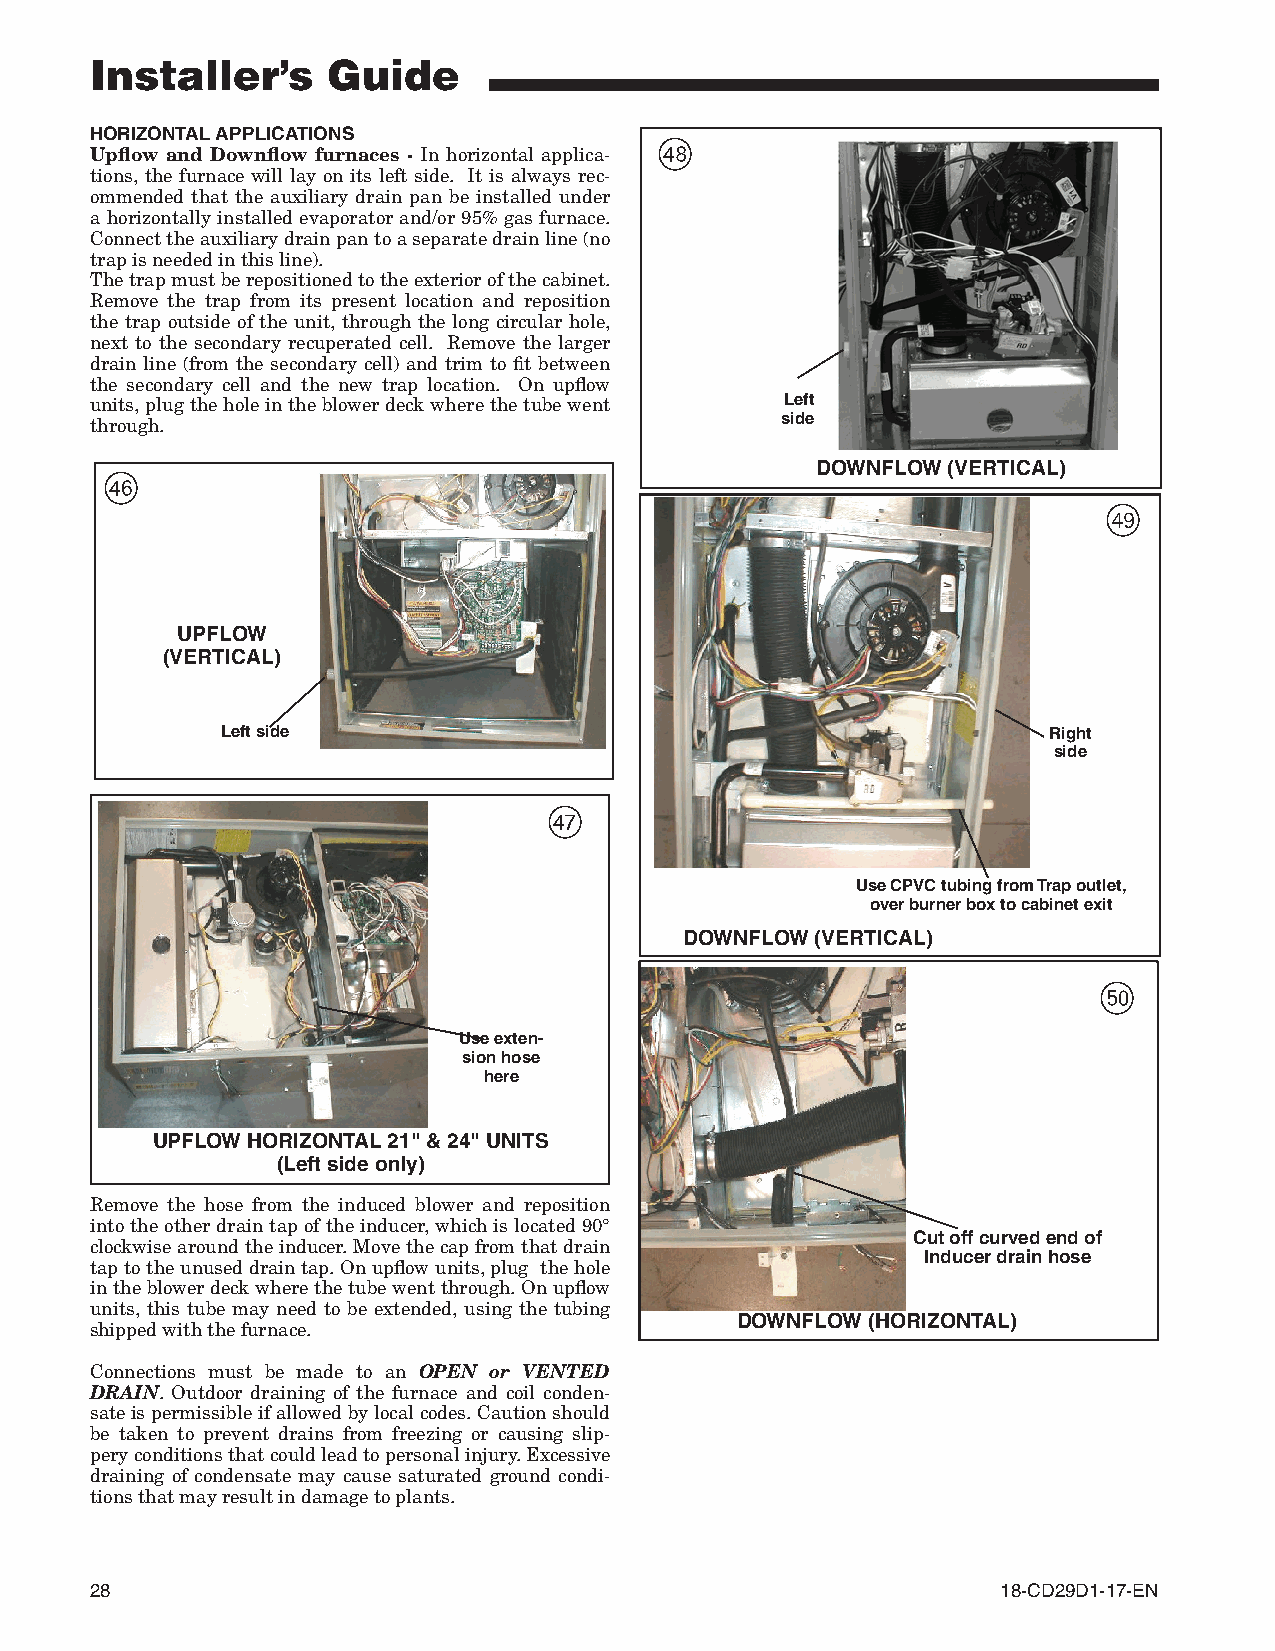
Installer’s     Guide
 HORIZONTAL APPLICATIONS
 *
 Upflow and Downflow furnaces - In horizontal applica-
 tions, the furnace will lay on its left side. It is always rec-
 ommended that the auxiliary drain pan be installed under
 a horizontally installed evaporator and/or 95% gas furnace.
 Connect the auxiliary drain pan to a separate drain line (no
 trap is needed in this line).
 The trap must be repositioned to the exterior of the cabinet.
 Remove the trap from its present location and reposition
 the trap outside of the unit, through the long circular hole,
 next to the secondary recuperated cell. Remove the larger
 drain line (from the secondary cell) and trim to fit between
 the secondary cell and the new trap location. On upflow
 units, plug the hole in the blower deck where the tube went Left
 side
 through.
 DOWNFLOW (VERTICAL)
 ^
 (
 UPFLOW
 (VERTICAL)
 Left side                                             Right
 side
 &
 Use CPVC tubing from Trap outlet,
 over burner box to cabinet exit
 DOWNFLOW (VERTICAL)
 )
 Use exten-
 sion hose
 here
 UPFLOW HORIZONTAL 21" & 24" UNITS
 (Left side only)
 Remove the hose from the induced blower and reposition
 into the other drain tap of the inducer, which is located 90°
 Cut off curved end of
 clockwise around the inducer. Move the cap from that drain
 Inducer drain hose
 tap to the unused drain tap. On upflow units, plug the hole
 in the blower deck where the tube went through. On upflow
 units, this tube may need to be extended, using the tubing
 DOWNFLOW (HORIZONTAL)
 shipped with the furnace.
 Connections must be made to an OPEN or VENTED
 DRAIN. Outdoor draining of the furnace and coil conden-
 sate is permissible if allowed by local codes. Caution should
 be taken to prevent drains from freezing or causing slip-
 pery conditions that could lead to personal injury. Excessive
 draining of condensate may cause saturated ground condi-
 tions that may result in damage to plants.
 28                                                          18-CD29D1-17-EN